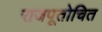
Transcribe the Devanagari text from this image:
राजपूतोचित